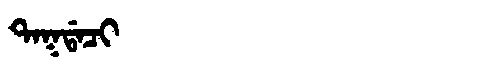
Manchu: ᡨᠠᡴᡩᠠᠴᡳ
Romanization: TAKDACI